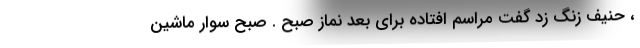
، حنیف زنگ زد گفت مراسم افتاده برای بعد نماز صبح . صبح سوار ماشین